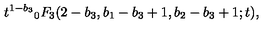
{ t ^ { 1 - b _ { 3 } } } _ { 0 } F _ { 3 } ( 2 - b _ { 3 } , b _ { 1 } - b _ { 3 } + 1 , b _ { 2 } - b _ { 3 } + 1 ; t ) ,